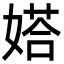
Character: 㜓